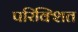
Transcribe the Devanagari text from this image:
परिक्शित